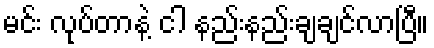
မင်း လုပ်တာနဲ့ ငါ နည်းနည်းချချင်လာပြီ။